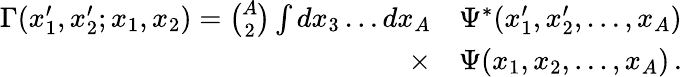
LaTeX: \begin{array}{rl}{\Gamma(x_{1}^{\prime},x_{2}^{\prime};x_{1},x_{2})={\binom{A}{2}}\int dx_{3}\ldots dx_{A}}&{\Psi^{*}(x_{1}^{\prime},x_{2}^{\prime},\ldots,x_{A})}\\ {\times}&{\Psi(x_{1},x_{2},\ldots,x_{A})\, .}\end{array}